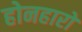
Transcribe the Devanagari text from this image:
होनहारों